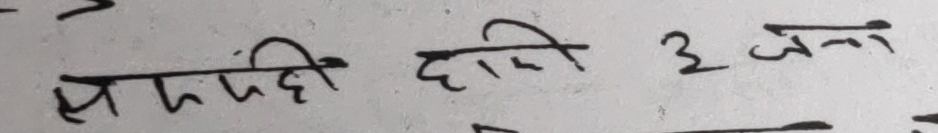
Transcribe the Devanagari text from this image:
समपहि दाहिने ३ जना